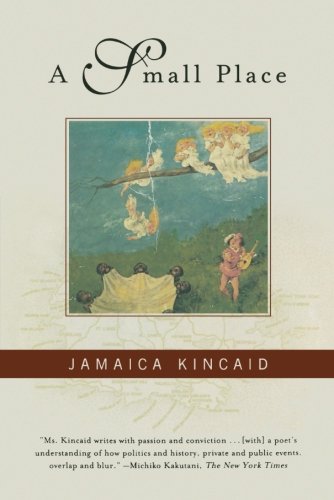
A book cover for A Small Place; Jamaica Kincaid; Biographies & Memoirs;